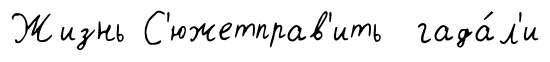
Жизнь С'южетправ'ить гада́л'и